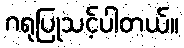
ဂရုပြုသင့်ပါတယ်။